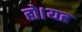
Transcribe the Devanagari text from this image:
हो।यह